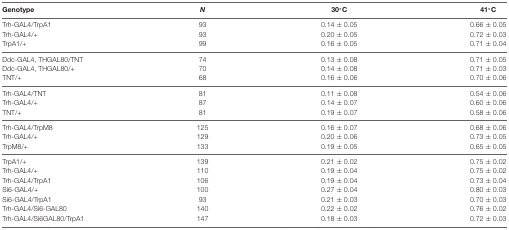
| Genotype | N | 30°C | 41°C |
 | --- | --- | --- | --- |
 | Trh-GAL4/TrpA1 | 93 | 0.14 ± 0.05 | 0.66 ± 0.05 |
 | Trh-GAL4/+ | 93 | 0.20 ± 0.05 | 0.72 ± 0.03 |
 | TrpA1/+ | 99 | 0.16 ± 0.05 | 0.71 ± 0.04 |
 | Ddc-GAL4, THGAL80/TNT | 74 | 0.13 ± 0.08 | 0.71 ± 0.05 |
 | Ddc-GAL4, THGAL80/+ | 70 | 0.14 ± 0.08 | 0.71 ± 0.03 |
 | TNT/+ | 68 | 0.16 ± 0.06 | 0.70 ± 0.06 |
 | Trh-GAL4/TNT | 81 | 0.11 ± 0.08 | 0.54 ± 0.06 |
 | Trh-GAL4/+ | 87 | 0.14 ± 0.07 | 0.60 ± 0.06 |
 | TNT/+ | 81 | 0.19 ± 0.07 | 0.58 ± 0.06 |
 | Trh-GAL4/TrpM8 | 125 | 0.16 ± 0.07 | 0.68 ± 0.06 |
 | Trh-GAL4/+ | 129 | 0.20 ± 0.06 | 0.73 ± 0.05 |
 | TrpM8/+ | 133 | 0.19 ± 0.05 | 0.65 ± 0.05 |
 | TrpA1/+ | 139 | 0.21 ± 0.02 | 0.75 ± 0.02 |
 | Trh-GAL4/+ | 110 | 0.19 ± 0.04 | 0.75 ± 0.02 |
 | Trh-GAL4/TrpA1 | 106 | 0.19 ± 0.04 | 0.73 ± 0.04 |
 | Si6-GAL4/+ | 100 | 0.27 ± 0.04 | 0.80 ± 0.03 |
 | Si6-GAL4/TrpA1 | 93 | 0.21 ± 0.03 | 0.70 ± 0.03 |
 | Trh-GAL4/Si6-GAL80 | 140 | 0.22 ± 0.02 | 0.76 ± 0.02 |
 | Trh-GAL4/Si6GAL80/TrpA1 | 147 | 0.18 ± 0.03 | 0.72 ± 0.03 |